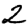
Digit: 2